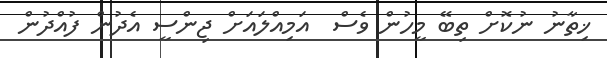
ޚިތާނު ނުކޮށް ތިބޭ މީހުން ވެސް  އަމިއްލައަށް ޖިންސީ އެދުން ފުއްދުން